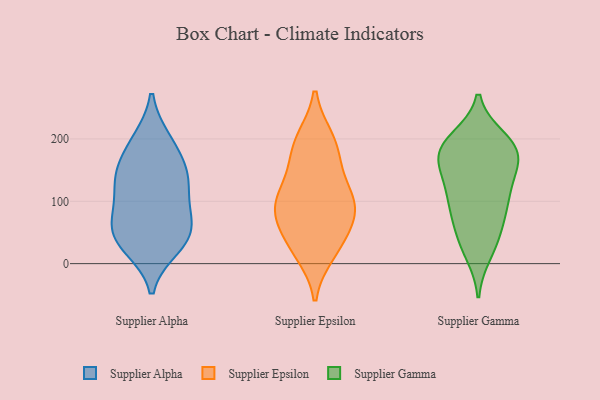
{"axis": {"x": "Backlog", "y": "Value"}, "legend": ["Supplier Alpha", "Supplier Epsilon", "Supplier Gamma"], "data": [{"x": "", "y": 198, "type": "Supplier Alpha"}, {"x": "", "y": 87, "type": "Supplier Alpha"}, {"x": "", "y": 74, "type": "Supplier Alpha"}, {"x": "", "y": 159, "type": "Supplier Alpha"}, {"x": "", "y": 26, "type": "Supplier Alpha"}, {"x": "", "y": 135, "type": "Supplier Alpha"}, {"x": "", "y": 43, "type": "Supplier Alpha"}, {"x": "", "y": 196, "type": "Supplier Alpha"}, {"x": "", "y": 48, "type": "Supplier Alpha"}, {"x": "", "y": 143, "type": "Supplier Alpha"}, {"x": "", "y": 140, "type": "Supplier Alpha"}, {"x": "", "y": 61, "type": "Supplier Alpha"}, {"x": "", "y": 113, "type": "Supplier Alpha"}, {"x": "", "y": 30, "type": "Supplier Alpha"}, {"x": "", "y": 110, "type": "Supplier Epsilon"}, {"x": "", "y": 125, "type": "Supplier Epsilon"}, {"x": "", "y": 97, "type": "Supplier Epsilon"}, {"x": "", "y": 83, "type": "Supplier Epsilon"}, {"x": "", "y": 200, "type": "Supplier Epsilon"}, {"x": "", "y": 26, "type": "Supplier Epsilon"}, {"x": "", "y": 92, "type": "Supplier Epsilon"}, {"x": "", "y": 33, "type": "Supplier Epsilon"}, {"x": "", "y": 72, "type": "Supplier Epsilon"}, {"x": "", "y": 199, "type": "Supplier Epsilon"}, {"x": "", "y": 17, "type": "Supplier Epsilon"}, {"x": "", "y": 74, "type": "Supplier Epsilon"}, {"x": "", "y": 155, "type": "Supplier Epsilon"}, {"x": "", "y": 178, "type": "Supplier Epsilon"}, {"x": "", "y": 111, "type": "Supplier Gamma"}, {"x": "", "y": 178, "type": "Supplier Gamma"}, {"x": "", "y": 199, "type": "Supplier Gamma"}, {"x": "", "y": 149, "type": "Supplier Gamma"}, {"x": "", "y": 185, "type": "Supplier Gamma"}, {"x": "", "y": 176, "type": "Supplier Gamma"}, {"x": "", "y": 33, "type": "Supplier Gamma"}, {"x": "", "y": 18, "type": "Supplier Gamma"}, {"x": "", "y": 81, "type": "Supplier Gamma"}, {"x": "", "y": 137, "type": "Supplier Gamma"}, {"x": "", "y": 173, "type": "Supplier Gamma"}, {"x": "", "y": 179, "type": "Supplier Gamma"}, {"x": "", "y": 45, "type": "Supplier Gamma"}, {"x": "", "y": 97, "type": "Supplier Gamma"}, {"x": "", "y": 77, "type": "Supplier Gamma"}, {"x": "", "y": 196, "type": "Supplier Gamma"}, {"x": "", "y": 119, "type": "Supplier Gamma"}]}